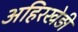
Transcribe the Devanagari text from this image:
अहिरखेड़ी